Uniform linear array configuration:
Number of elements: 32
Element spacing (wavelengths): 0.25
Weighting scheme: binomial
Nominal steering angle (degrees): -60
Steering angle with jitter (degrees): -58.283
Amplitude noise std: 0.05
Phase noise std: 0.05

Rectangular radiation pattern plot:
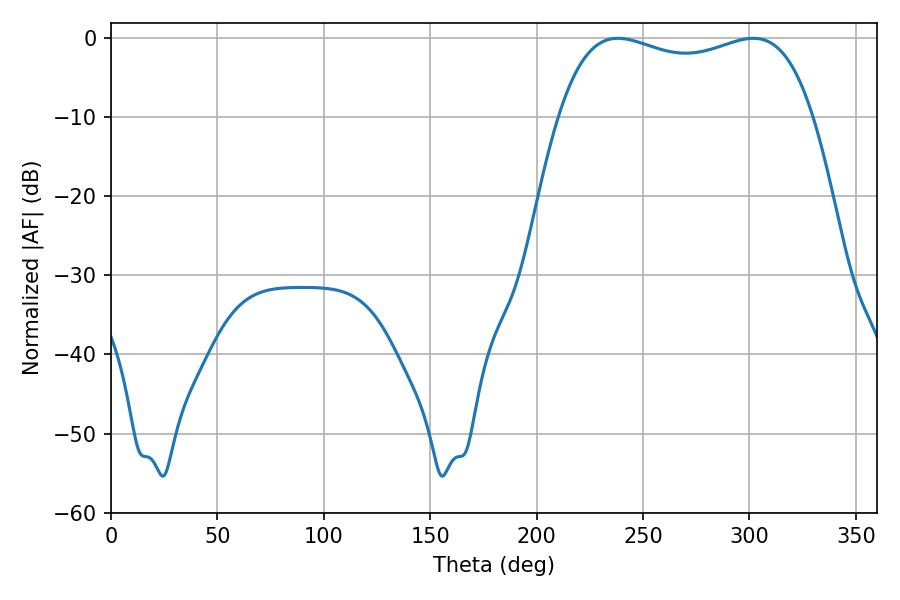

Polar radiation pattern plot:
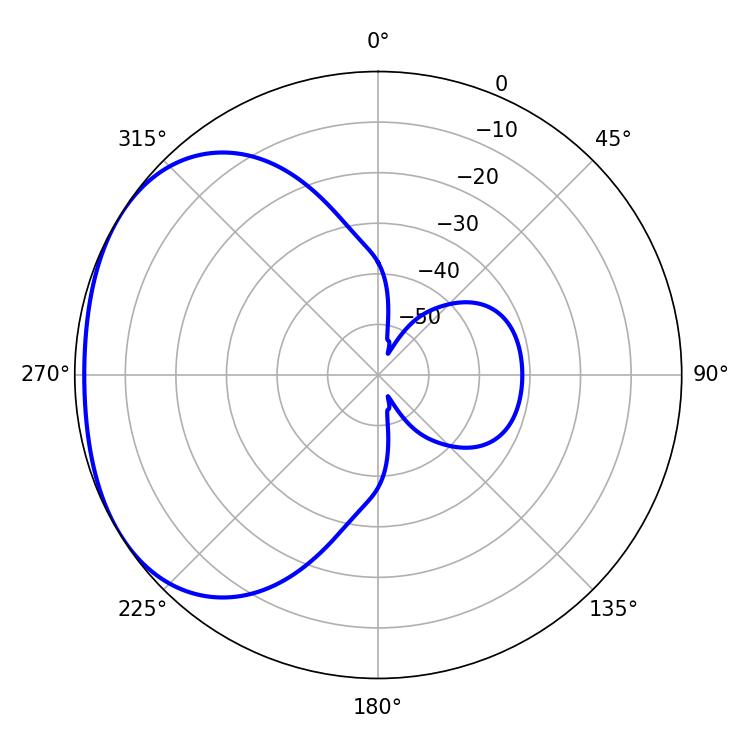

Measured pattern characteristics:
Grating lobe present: FALSE
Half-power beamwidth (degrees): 97.56
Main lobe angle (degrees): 238.14